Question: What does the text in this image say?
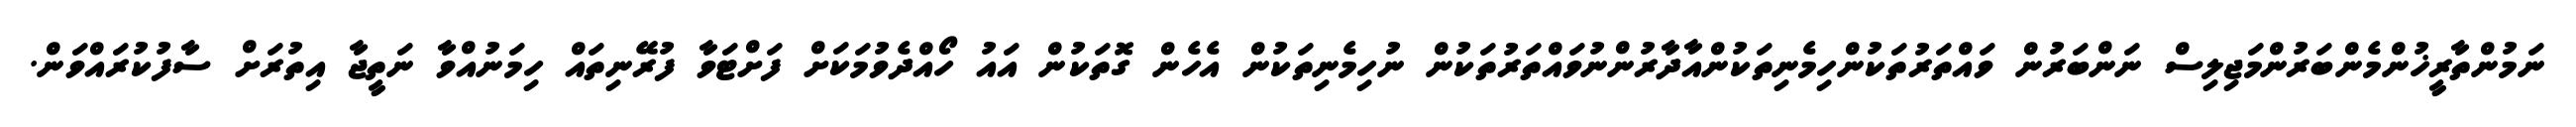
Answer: ނަމުންތާރީޚުންމެންބަރުންމަޖިލިސް ނަންބަރުން ވައްތަރުތަކުންހިމެނިތަކުންއާދާރުންނުވައްތަރުތަކުން ނުހިމެނިތަކުން އެހެން ގޮތަކުން އައު ހޯއްދެވުމަކަށް ފަށްޓަވާ ފުރޭނިތައް ހިމަނުއްވާ ނަތީޖާ އިތުރަށް ސާފުކުރައްވަން.